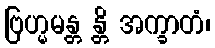
ဗြဟ္မမန္တ န္တိ အက္ခာတံ၊